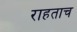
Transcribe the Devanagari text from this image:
राहताच